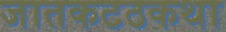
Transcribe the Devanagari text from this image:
जातकटठकथा